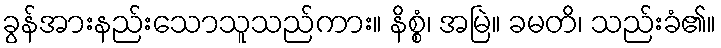
ခွန်အားနည်းသောသူသည်ကား။ နိစ္စံ၊ အမြဲ။ ခမတိ၊ သည်းခံ၏။